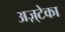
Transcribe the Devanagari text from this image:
अज़्टेका